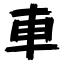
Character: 車